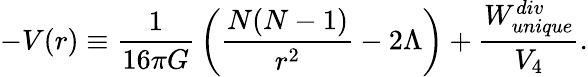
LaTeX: -V(r)\equiv{\frac{1}{16\pi G}}\left({\frac{N(N-1)}{r^{2}}}-2\Lambda\right)+{\frac{W_{unique}^{div}}{V_{4}}}.